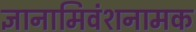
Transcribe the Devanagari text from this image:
ज्ञानामिवंशनामक